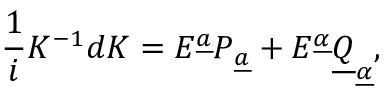
{ \frac { 1 } { i } } K ^ { - 1 } d K = { \cal E } ^ { \underline { { a } } } P _ { \underline { { a } } } + { \cal E } ^ { \underline { { \alpha } } } \underline { { Q } } _ { \underline { { \alpha } } } ,